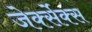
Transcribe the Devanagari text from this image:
जेर्क्सेक्स